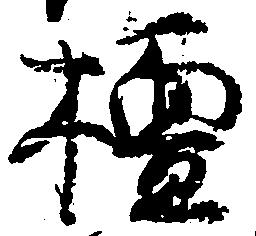
檀